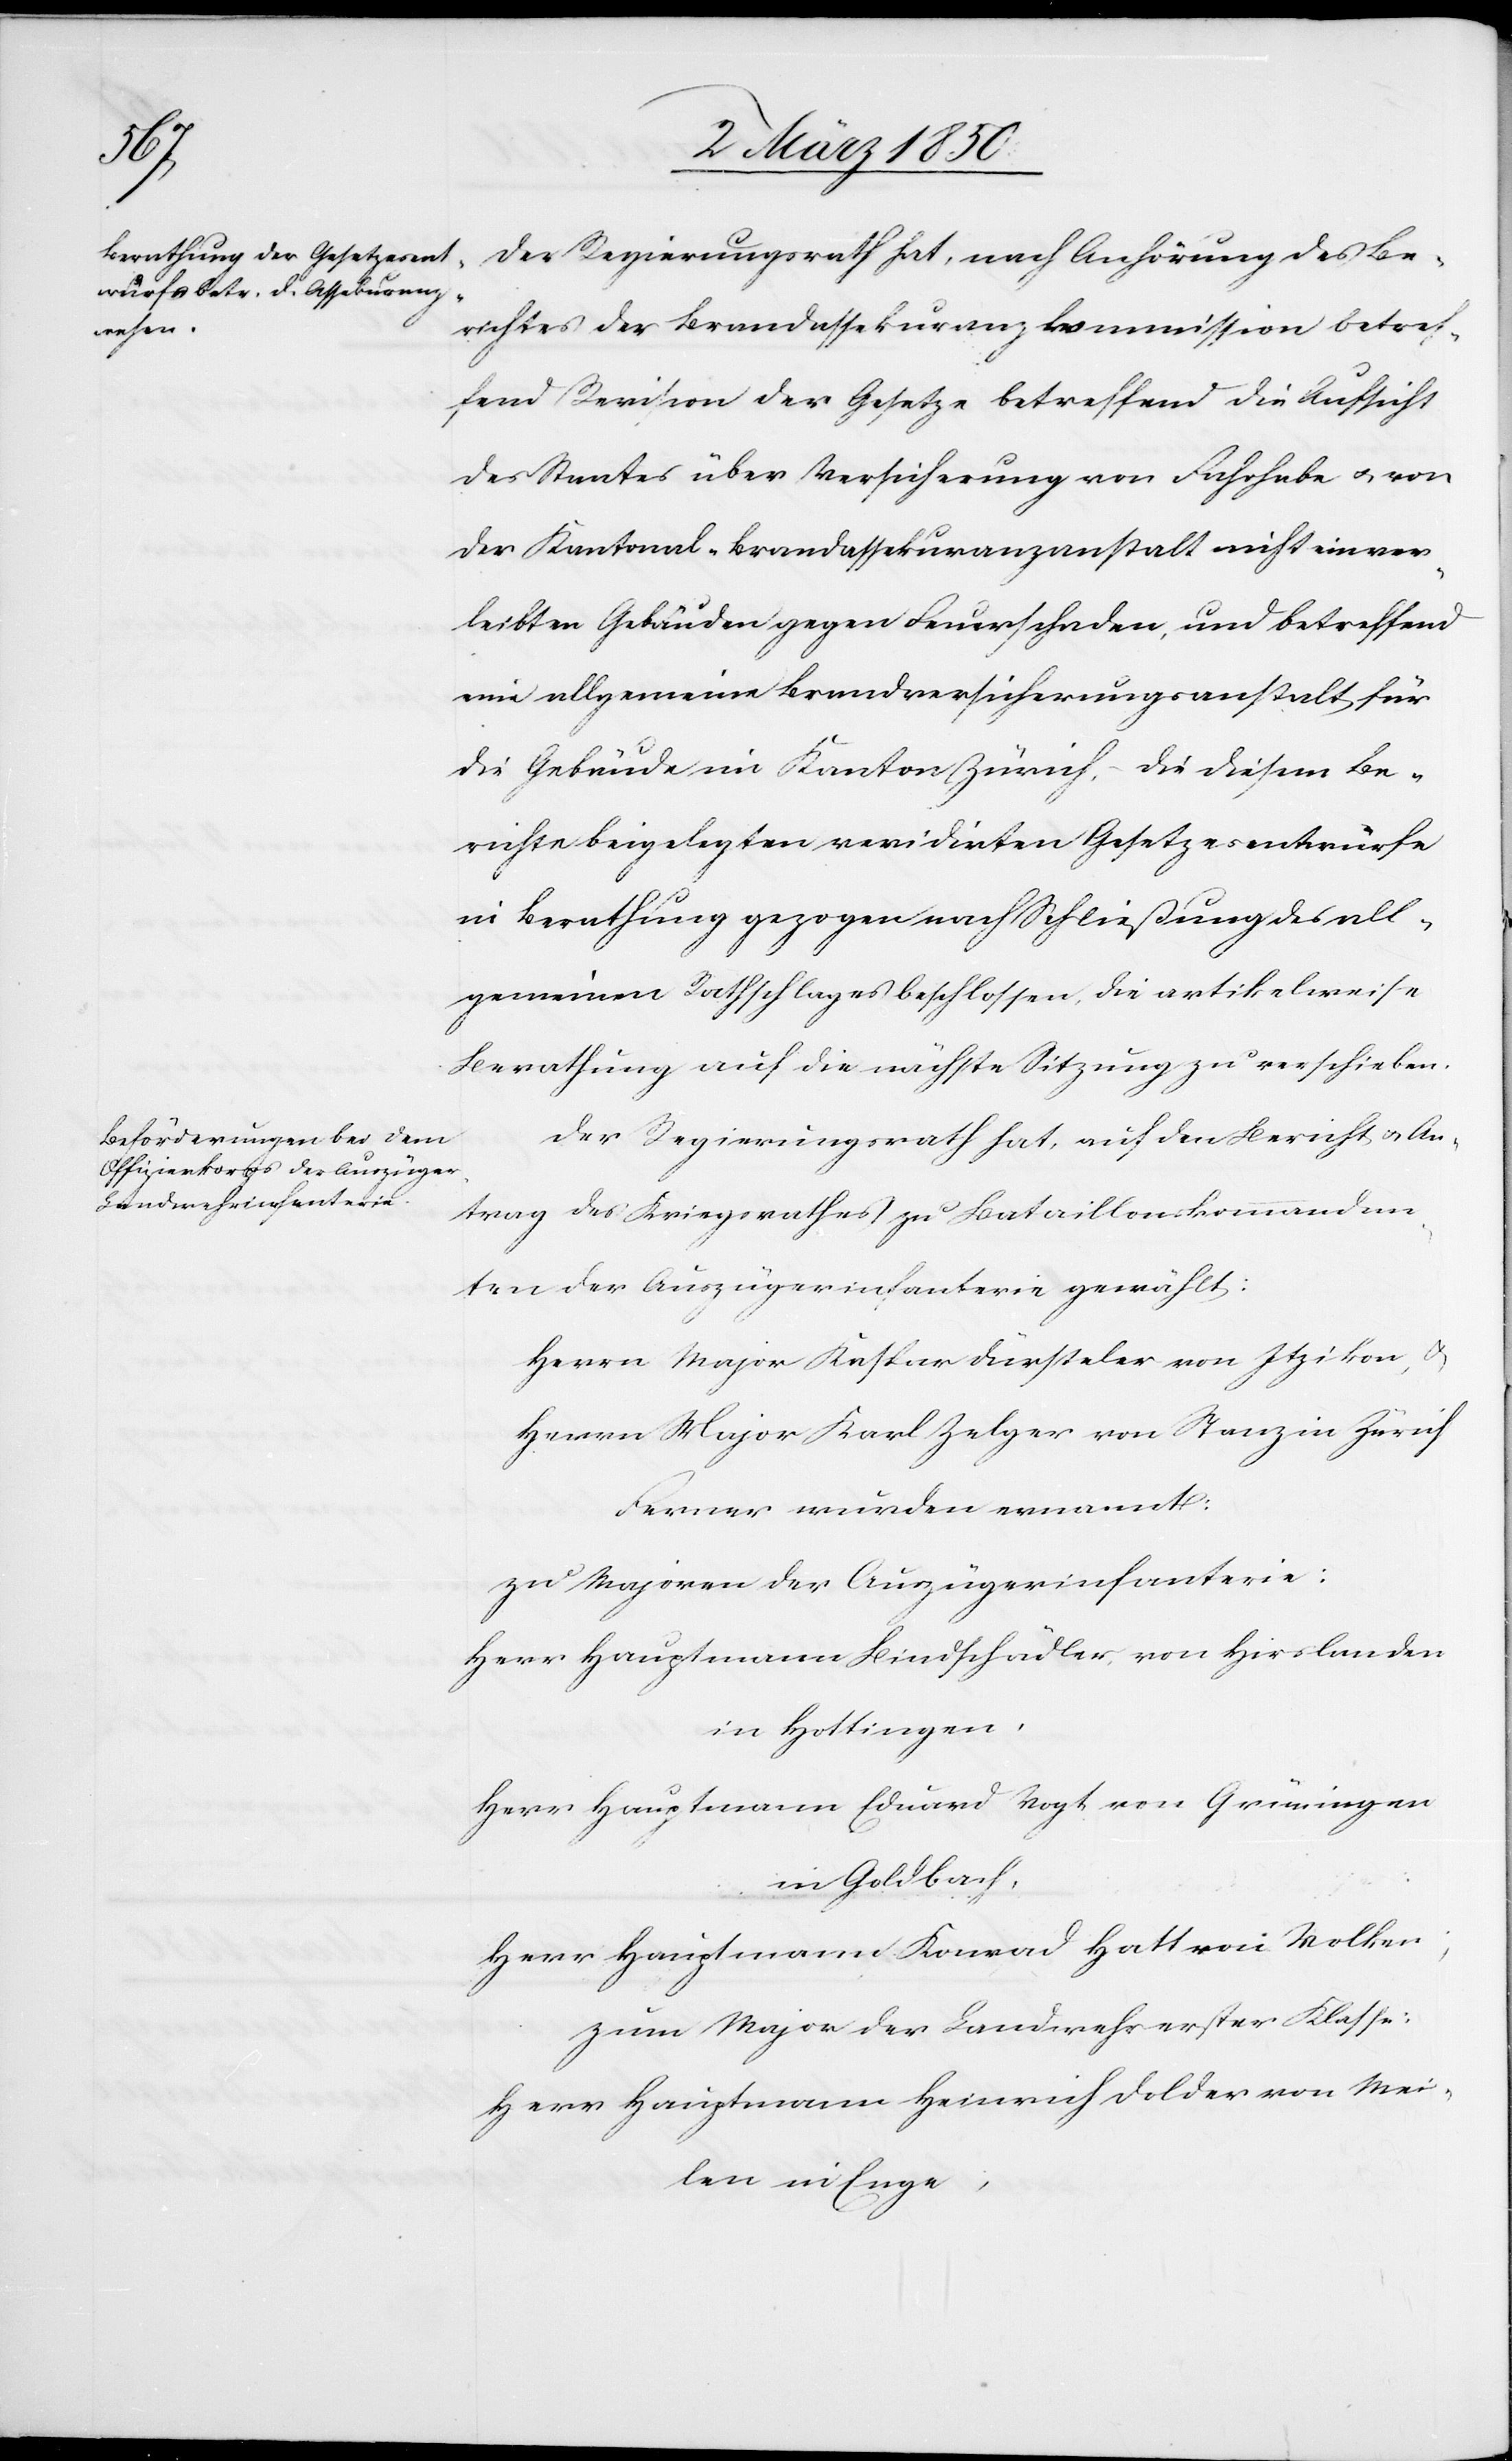
Der Regierungsrath hat, nach Anhörung des Be¬
richtes der Brandassekuranzkommission betref¬
fend Revision der Gesetze betreffend die Aufsicht
des Staates über Versicherung von Fahrhabe u. von
der Kantonal-Brandassekuranzanstalt nicht einver¬
leibten Gebäuden gegen Feuerschaden, und betreffend
eine allgemeine Brandversicherungsanstalt für
die Gebäude im Kanton Zürich, die diesem Be¬
richte beigelegten revidirten Gesetzesentwürfe
in Berathung gezogen nach Schließung des all¬
gemeinen Rathschlages beschlossen, die artikelweise
Berathung auf die nächste Sitzung zu verschieben.
Der Regierungsrath hat, auf den Bericht u. An¬
trag des Kriegsrathes zu Bataillonskommandan¬
ten der Auszügerinfanterie gewählt:
Herrn Major Kaspar Dürsteler von Itzikon, u.
Herrn Major Karl Zelger von Stanz in Zürich
Ferner wurden ernannt:
zu Majoren der Auszügerinfanterie:
Herr Hauptmann Bindschädler, von Hirslanden
in Hottingen,
Herr Hauptmann Eduard Vogt von Grüningen
in Goldbach,
Herr Hauptmann Konrad Hatt von Volken;
zum Major der Landwehr erster Klasse:
Herr Hauptmann Heinrich Dolder von Mei¬
len in Enge;